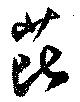
芘